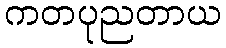
ကတပုညတာယ